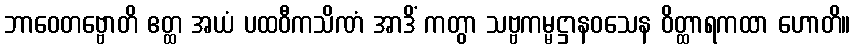
ဘာဝေတဗ္ဗောတိ ဧတ္ထ အယံ ပထဝီကသိဏံ အာဒိံ ကတွာ သဗ္ဗကမ္မဋ္ဌာနဝသေန ဝိတ္ထာရကထာ ဟောတိ။